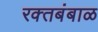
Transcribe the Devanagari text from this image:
रक्‍तबंबाळ